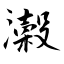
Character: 濲